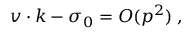
v \cdot k - \sigma _ { 0 } = { \cal O } ( p ^ { 2 } ) \; ,